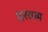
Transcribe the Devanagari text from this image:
द्रस्तव्य